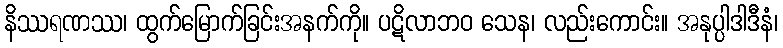
နိဿရဏဿ၊ ထွက်မြောက်ခြင်းအနက်ကို။ ပဋိလာဘဝ သေန၊ လည်းကောင်း။ အနုပ္ပါဒါဒီနံ၊